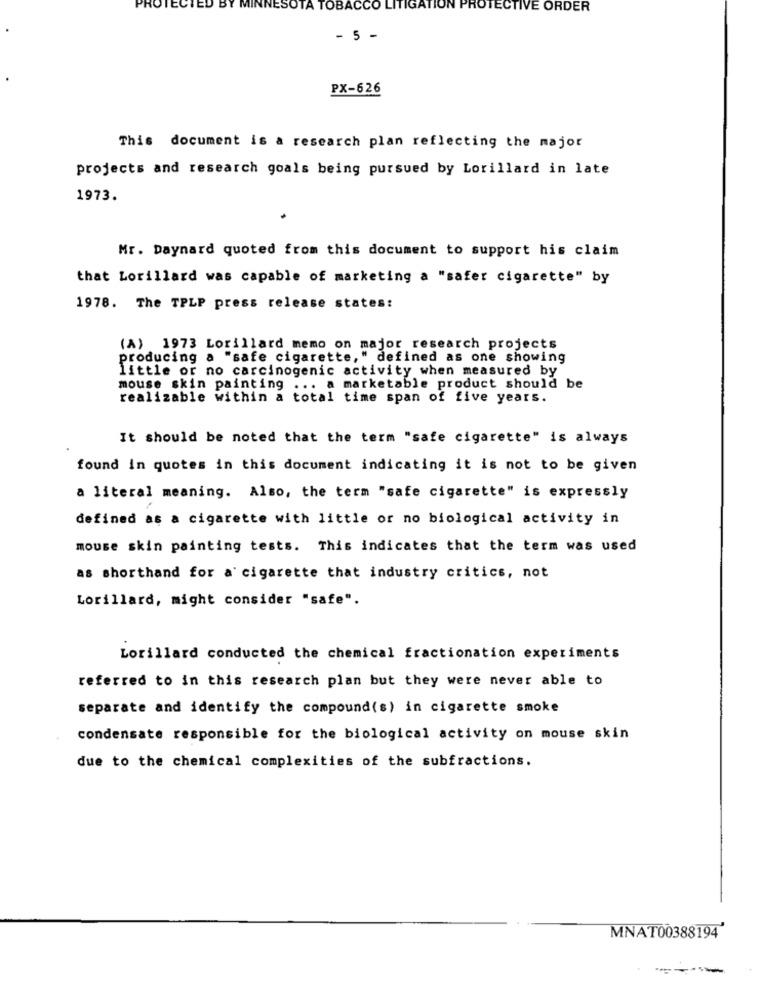
BY MINNESOTA TOBACCO LITIGATION PROTECTIVE ORDER
- 5 -
PX-626
This document is a research plan reflecting the major
projects and research goals being pursued by Lorillard in late
1973.
Mr. Daynard quoted from this document to support his claim
that Lorillard was capable of marketing a "safer cigarette" by
1978. The TPLP press release states:
(A) 1973 Lorillard memo on major research projects
producing a "safe cigarette," defined as one showing
little or no carcinogenic activity when measured by
mouse skin painting
... a marketable product should be
realizable within a total time span of five years.
It should be noted that the term "safe cigarette" is always
found in quotes in this document indicating it is not to be given
a literal meaning. Also, the term "safe cigarette" is expressly
defined as a cigarette with little or no biological activity in
mouse skin painting tests. This indicates that the term was used
as shorthand for a cigarette that industry critics, not
Lorillard, might consider "safe".
Lorillard conducted the chemical fractionation experiments
referred to in this research plan but they were never able to
separate and identify the compound(s) in cigarette smoke
condensate responsible for the biological activity on mouse skin
due to the chemical complexities of the subfractions.
MNAT00388194